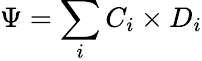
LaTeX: \Psi=\sum_{i}C_{i}\times D_{i}